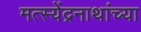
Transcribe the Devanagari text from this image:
मत्स्येंद्रनाथांच्या